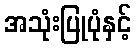
အသုံးပြုပုံနှင့်